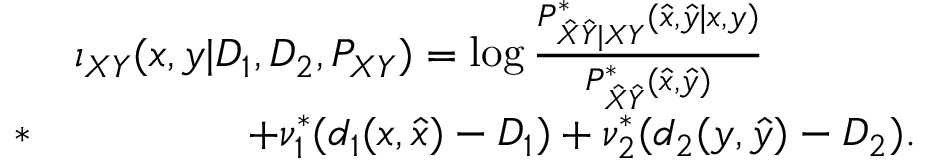
\begin{array} { r l } & { \imath _ { X Y } ( x , y | D _ { 1 } , D _ { 2 } , P _ { X Y } ) = \log \frac { P _ { \hat { X } \hat { Y } | X Y } ^ { * } ( \hat { x } , \hat { y } | x , y ) } { P _ { \hat { X } \hat { Y } } ^ { * } ( \hat { x } , \hat { y } ) } } \\ { * } & { \qquad \qquad + \nu _ { 1 } ^ { * } ( d _ { 1 } ( x , \hat { x } ) - D _ { 1 } ) + \nu _ { 2 } ^ { * } ( d _ { 2 } ( y , \hat { y } ) - D _ { 2 } ) . } \end{array}